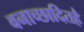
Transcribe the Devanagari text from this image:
वनाच्‍छादितहै